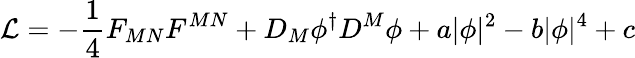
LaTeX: {\cal L}=-{\frac{1}{4}}F_{MN}F^{MN}+D_{M}\phi^{\dagger}D^{M}\phi+a|\phi|^{2}-b|\phi|^{4}+c